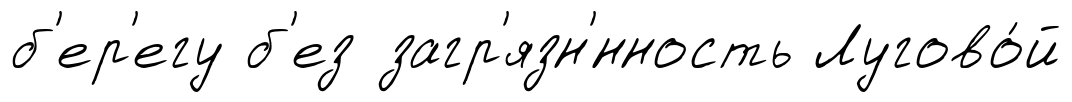
б'ер'егу б'ез загр'язн'́нность Лугово́й